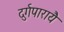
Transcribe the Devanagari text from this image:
दुर्गपारायै